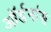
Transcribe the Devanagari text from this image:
ऑर्डनांस